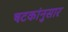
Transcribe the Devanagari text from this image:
षटकांनुसार